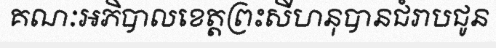
គណៈអភិបាលខេត្តព្រះសីហនុបានជំរាបជូន